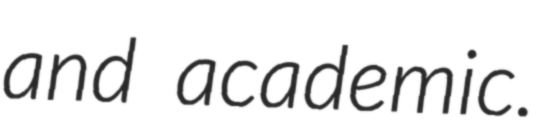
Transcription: and academic.